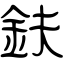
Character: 鈇